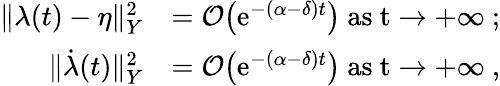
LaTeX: \begin{array}{rl}{\lVert\lambda(t)-\eta\rVert_{Y}^{2}}&{=\mathcal{O}\big(\mathrm{e}^{-(\alpha-\delta)t}\big)\ \mathrm{as~t\to+\infty~};}\\ {\lVert\dot{\lambda}(t)\rVert_{Y}^{2}}&{=\mathcal{O}\big(\mathrm{e}^{-(\alpha-\delta)t}\big)\ \mathrm{as~t\to+\infty~},}\end{array}